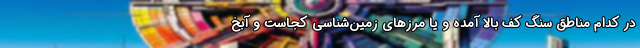
در کدام مناطق سنگ کف بالا آمده و یا مرزهای زمین‌شناسی کجاست و آبخ